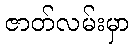
ဇာတ်လမ်းမှာ